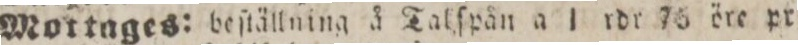
Mottages:    Beſtällning å Talſpån a 1 rdr 75 öre pr